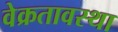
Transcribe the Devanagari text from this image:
वेक्रतावस्था